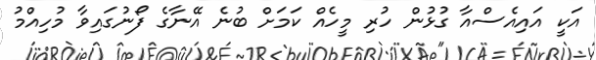
އަކީ އައިއެސްއާ ގުޅުން ހުރި މީހެއް ކަމަށް ބުނެ އޭނާގެ ފޯނުގައިވާ މުހިއްމު